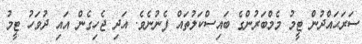
ސަރަޙައްދުން ޓީމު މެމްބަރުންގެ ބައިސްކަލުތައް ފެނުނެވެ. އަދި ޖެހިގެން އައި ދުވަހު ޓީމު